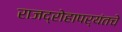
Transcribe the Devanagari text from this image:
राजद्रोहापर्यंतचे